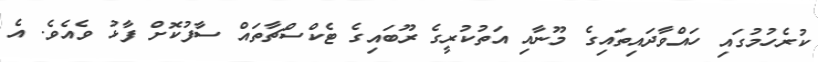
ކުރެހުމުގައި ހައްވާދައިތައިގެ މޫނާއި އަތުކުރީގެ ރޫބައިގެ ޓެކްސްޗާތައް ސާފުކޮށް ފާޅު ވެއެވެ. އެ